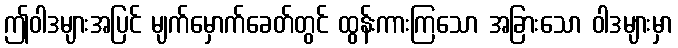
ဤဝါဒများအပြင် မျက်မှောက်ခေတ်တွင် ထွန်းကားကြသော အခြားသော ဝါဒများမှာ